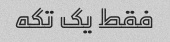
فقط یک تکه